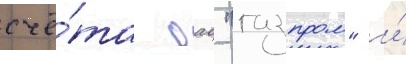
счё́та оао "газпром" и́